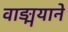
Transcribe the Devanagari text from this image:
वाङ्मयाने